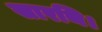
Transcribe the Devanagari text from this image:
सारथि।